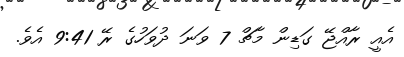
އެއީ ރާއްޖޭ ގަޑިން މާޗް 7 ވަނަ ދުވަހުގެ ރޭ 9:41 އެވެ.